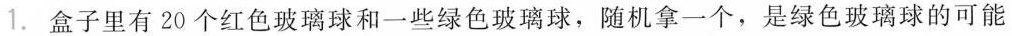
1.盒子里有20个红色玻璃球和一些绿色玻璃球，随机拿一个，是绿色玻璃球的可能